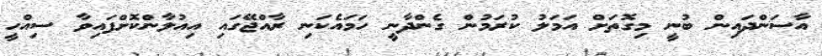
އާސަންދައިން ބުނީ މިގޮތަށް އަމަލު ކުރަމުން ގެންދާނީ ހަމައެކަނި ރާއްޖޭގައި އިއުލާންކޮށްފައިވާ ސިއްހީ